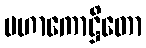
မဟာကောဋ္ဌိတော